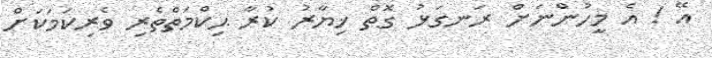
އޭ ! އެ މީހުންނަށް ރަނގަޅު ގޮތް ޚިޔާރު ކުރާ ޙިކްމަތްތެރި ވެރިކަމަކަށް